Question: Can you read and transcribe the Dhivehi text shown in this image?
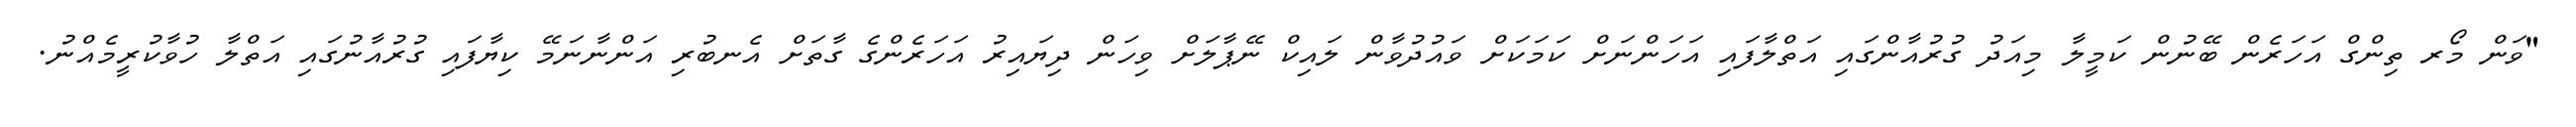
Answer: "ވަން މޯރ ތިންގް އަހަރެން ބޭނުން ކަމީލާ މިއަދު ގުރުއާންގައި އަތްލާފައި އަހަންނަށް ކަމަކަށް ވައުދުވާން ލައިކް ނޭޕާލަށް ވިހަން ދިޔައިރު އަހަރެންގެ ގާތަށް އެނބުރި އަންނާނަމޭ ކިޔާފައި ގުރުއާނުގައި އަތްލާ ހުވާކުރީމެއްނު.